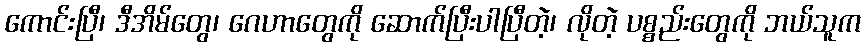
ကောင်းပြီ၊ ဒီအိမ်တွေ၊ ဂေဟာတွေကို ဆောက်ပြီးပါပြီတဲ့၊ လိုတဲ့ ပစ္စည်းတွေကို ဘယ်သူက